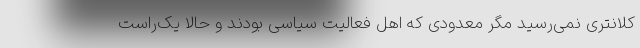
کلانتری نمی‌رسید مگر معدودی که اهل فعالیت سیاسی بودند و حالا یک‌راست